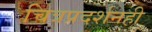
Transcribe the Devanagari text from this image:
चित्रप्रदर्शनही